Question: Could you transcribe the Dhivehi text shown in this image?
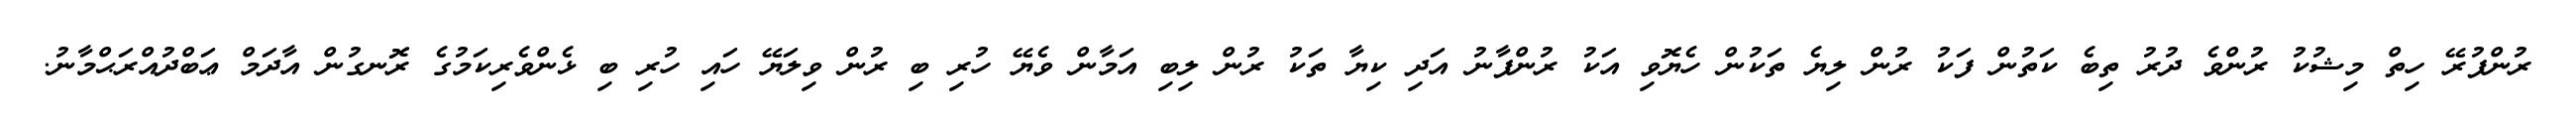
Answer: ރުންފުރޭ ހިތް މިޝުކު ރުންވެ ދުރު ތިބެ ކަތުން ފަކު ރުން ލިޔެ ތަކުން ހެޔޮވި އަކު ރުންފާނު އަދި ކިޔާ ތަކު ރުން ލިބި އަމާން ވެޔޭ ހުރި ބި ރުން ވިލަޔޭ ހައި ހުރި ބި ޅެންވެރިކަމުގެ ރޮނގުން އާދަމް ޢަބްދުއްރަޙްމާނު.